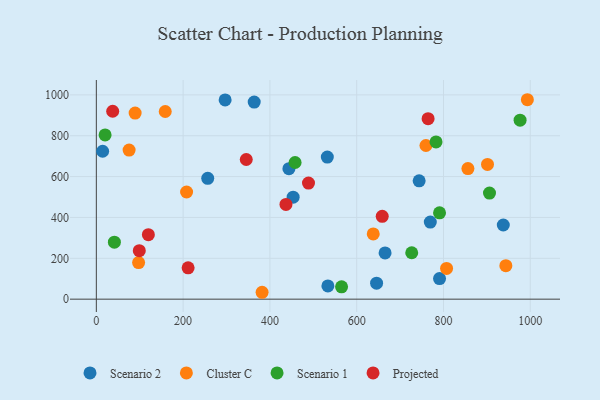
{"axis": {"x": "Ad Spend", "y": "Demand"}, "legend": ["Cluster C", "Projected", "Scenario 1", "Scenario 2"], "data": [{"x": "256.7", "y": 591.6, "type": "Scenario 2"}, {"x": "453.5", "y": 499.3, "type": "Scenario 2"}, {"x": "790.9", "y": 100.9, "type": "Scenario 2"}, {"x": "296.8", "y": 975.1, "type": "Scenario 2"}, {"x": "769.6", "y": 377.5, "type": "Scenario 2"}, {"x": "443.8", "y": 638.8, "type": "Scenario 2"}, {"x": "533.6", "y": 64.9, "type": "Scenario 2"}, {"x": "937.8", "y": 362.9, "type": "Scenario 2"}, {"x": "743.9", "y": 579.2, "type": "Scenario 2"}, {"x": "14.5", "y": 724.1, "type": "Scenario 2"}, {"x": "645.8", "y": 78.3, "type": "Scenario 2"}, {"x": "665.4", "y": 226.3, "type": "Scenario 2"}, {"x": "363.8", "y": 964.8, "type": "Scenario 2"}, {"x": "532.3", "y": 695.3, "type": "Scenario 2"}, {"x": "856.3", "y": 639.4, "type": "Cluster C"}, {"x": "901.4", "y": 659.3, "type": "Cluster C"}, {"x": "97.4", "y": 179.1, "type": "Cluster C"}, {"x": "75.5", "y": 729.9, "type": "Cluster C"}, {"x": "638.1", "y": 319.5, "type": "Cluster C"}, {"x": "759.6", "y": 752.1, "type": "Cluster C"}, {"x": "382.0", "y": 33.7, "type": "Cluster C"}, {"x": "158.8", "y": 918.5, "type": "Cluster C"}, {"x": "208.0", "y": 524.6, "type": "Cluster C"}, {"x": "89.4", "y": 910.7, "type": "Cluster C"}, {"x": "943.7", "y": 163.9, "type": "Cluster C"}, {"x": "807.1", "y": 150.2, "type": "Cluster C"}, {"x": "993.3", "y": 976.2, "type": "Cluster C"}, {"x": "906.0", "y": 519.3, "type": "Scenario 1"}, {"x": "782.8", "y": 769.7, "type": "Scenario 1"}, {"x": "726.8", "y": 227.1, "type": "Scenario 1"}, {"x": "458.0", "y": 668.9, "type": "Scenario 1"}, {"x": "565.1", "y": 60.6, "type": "Scenario 1"}, {"x": "41.6", "y": 279.1, "type": "Scenario 1"}, {"x": "790.9", "y": 422.5, "type": "Scenario 1"}, {"x": "976.5", "y": 876.2, "type": "Scenario 1"}, {"x": "20.2", "y": 803.8, "type": "Scenario 1"}, {"x": "211.5", "y": 153.4, "type": "Projected"}, {"x": "658.8", "y": 405.5, "type": "Projected"}, {"x": "99.0", "y": 237.3, "type": "Projected"}, {"x": "119.9", "y": 315.6, "type": "Projected"}, {"x": "345.5", "y": 683.6, "type": "Projected"}, {"x": "437.0", "y": 463.8, "type": "Projected"}, {"x": "764.5", "y": 883.6, "type": "Projected"}, {"x": "37.7", "y": 919.7, "type": "Projected"}, {"x": "488.9", "y": 568.1, "type": "Projected"}]}